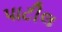
પાટીલ